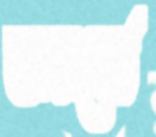
অনবোর্ড